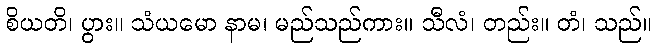
စိယတိ၊ ပွား။ သံယမော နာမ၊ မည်သည်ကား။ သီလံ၊ တည်း။ တံ၊ သည်။